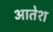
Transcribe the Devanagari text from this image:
आतेश